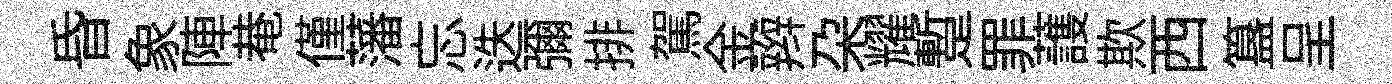
昏象陣𤲅僅藩忘迭彌排駕金辫朶耀蹔罪䕶欺西簋呈